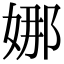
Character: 娜